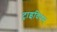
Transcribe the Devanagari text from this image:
ट्राइवियम